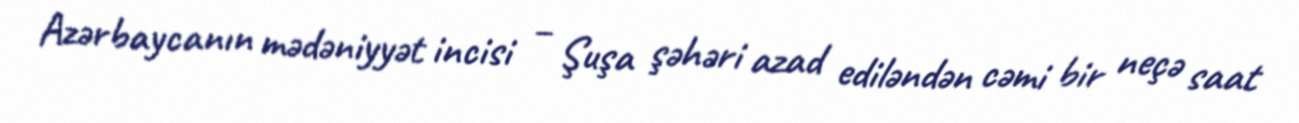
Azərbaycanın mədəniyyət incisi – Şuşa şəhəri azad ediləndən cəmi bir neçə saat